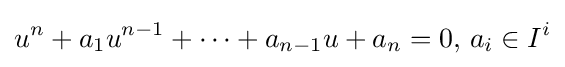
u^{n}+a_{1}u^{n-1}+\cdots +a_{n-1}u+a_{n}=0,\,a_{i}\in I^{i}